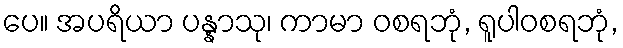
ပေ။ အပရိယာ ပန္နာသု၊ ကာမာ ဝစရဘုံ, ရူပါဝစရဘုံ,